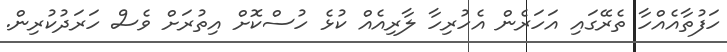
ހަފުތާއެއްހާ ތެރޭގައި އަހަރެން އެހުރިހާ ލާރިއެއް ކުޅެ ހުސްކޮށް އިތުރަށް ވެސް ހަރަދުކުރިން.